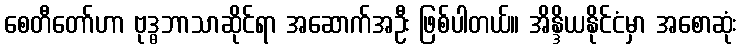
စေတီတော်ဟာ ဗုဒ္ဓဘာသာဆိုင်ရာ အဆောက်အဦး ဖြစ်ပါတယ်။ အိန္ဒိယနိုင်ငံမှာ အစောဆုံး